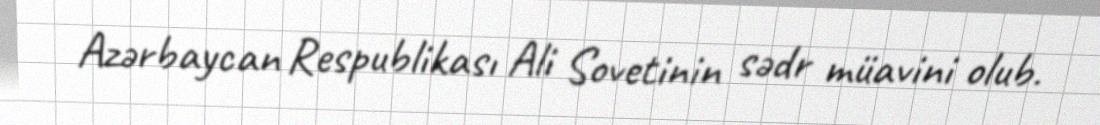
Azərbaycan Respublikası Ali Sovetinin sədr müavini olub.